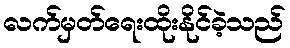
လက်မှတ်ရေးထိုးနိုင်ခဲ့သည်